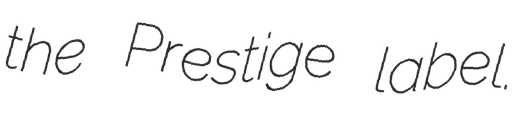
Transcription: the Prestige label.